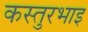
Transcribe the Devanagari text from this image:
कस्तुरभाइ